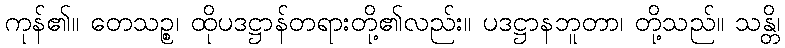
ကုန်၏။ တေသဉ္စ၊ ထိုပဒဋ္ဌာန်တရားတို့၏လည်း။ ပဒဋ္ဌာနဘူတာ၊ တို့သည်။ သန္တိ၊